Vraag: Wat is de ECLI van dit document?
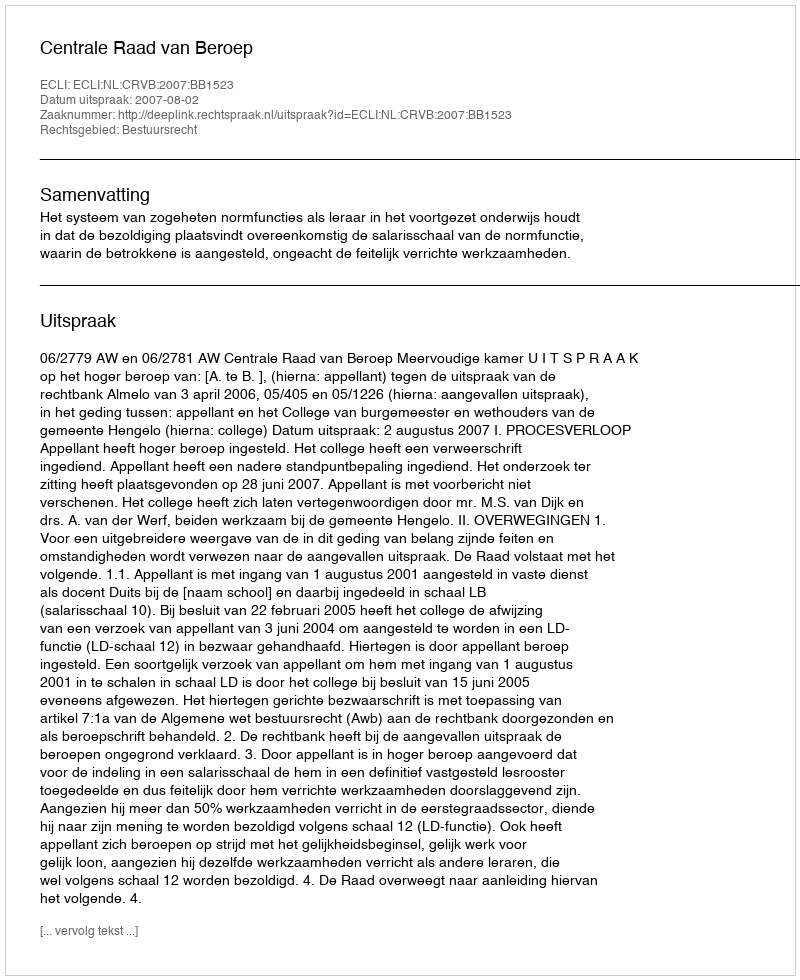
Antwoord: ECLI:NL:CRVB:2007:BB1523